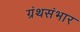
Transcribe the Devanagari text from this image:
ग्रंथसंभार